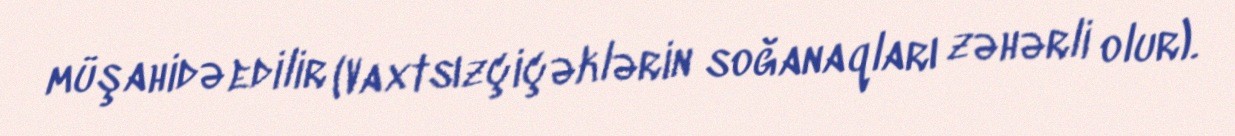
müşahidə edilir (Vaxtsızçiçəklərin soğanaqları zəhərli olur).